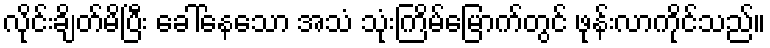
လိုင်းချိတ်မိပြီး ခေါ်နေသော အသံ သုံးကြိမ်မြောက်တွင် ဖုန်းလာကိုင်သည်။